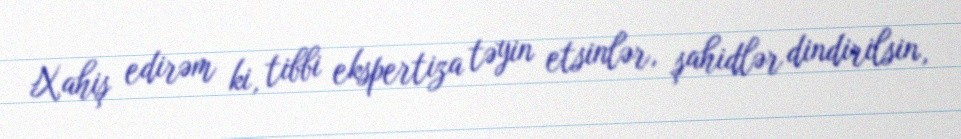
Xahiş edirəm ki, tibbi ekspertiza təyin etsinlər, şahidlər dindirilsin,